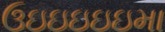
ઉઇઇઇઇઇમા